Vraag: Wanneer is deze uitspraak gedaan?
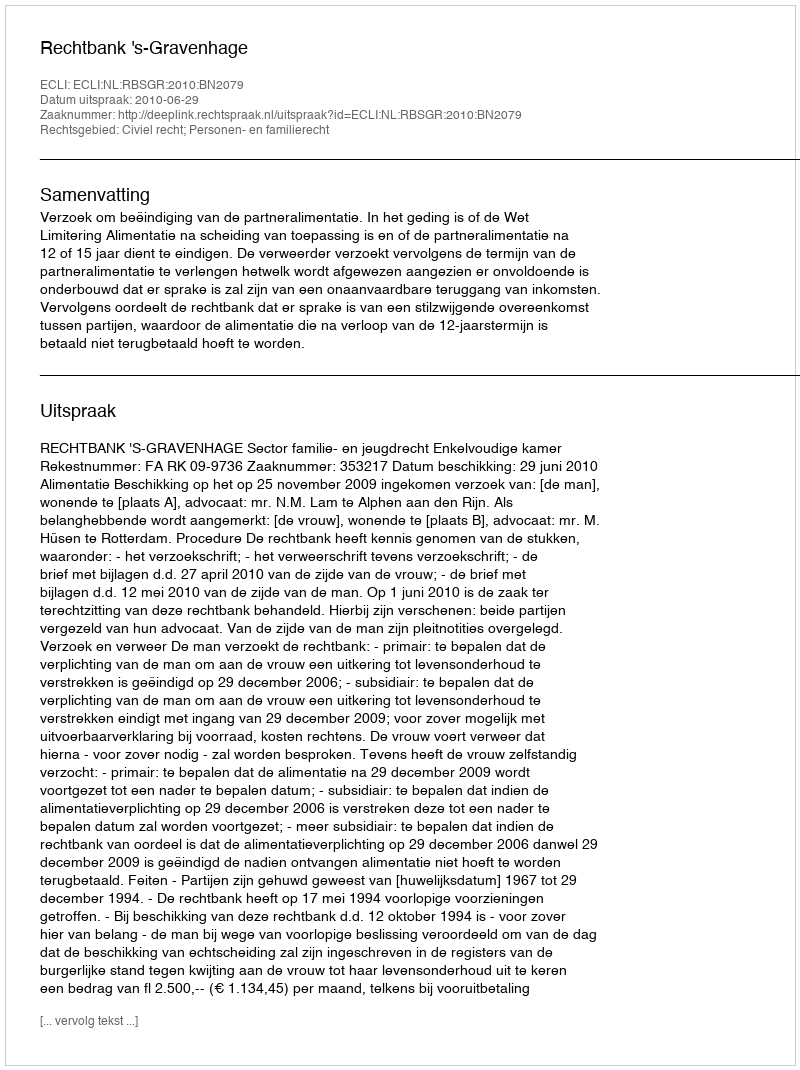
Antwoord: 2010-06-29